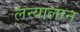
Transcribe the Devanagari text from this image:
लन्यालान